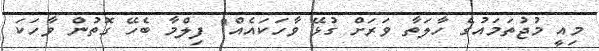
މިއީ މުޖުތަމައުގެ ހާލަތާ ވަރަށް ގުޅޭ ވާހަކައެއް" ފިލްމާ ބެހޭ ގޮތުން ވާހަކަ